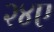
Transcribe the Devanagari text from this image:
२४ए